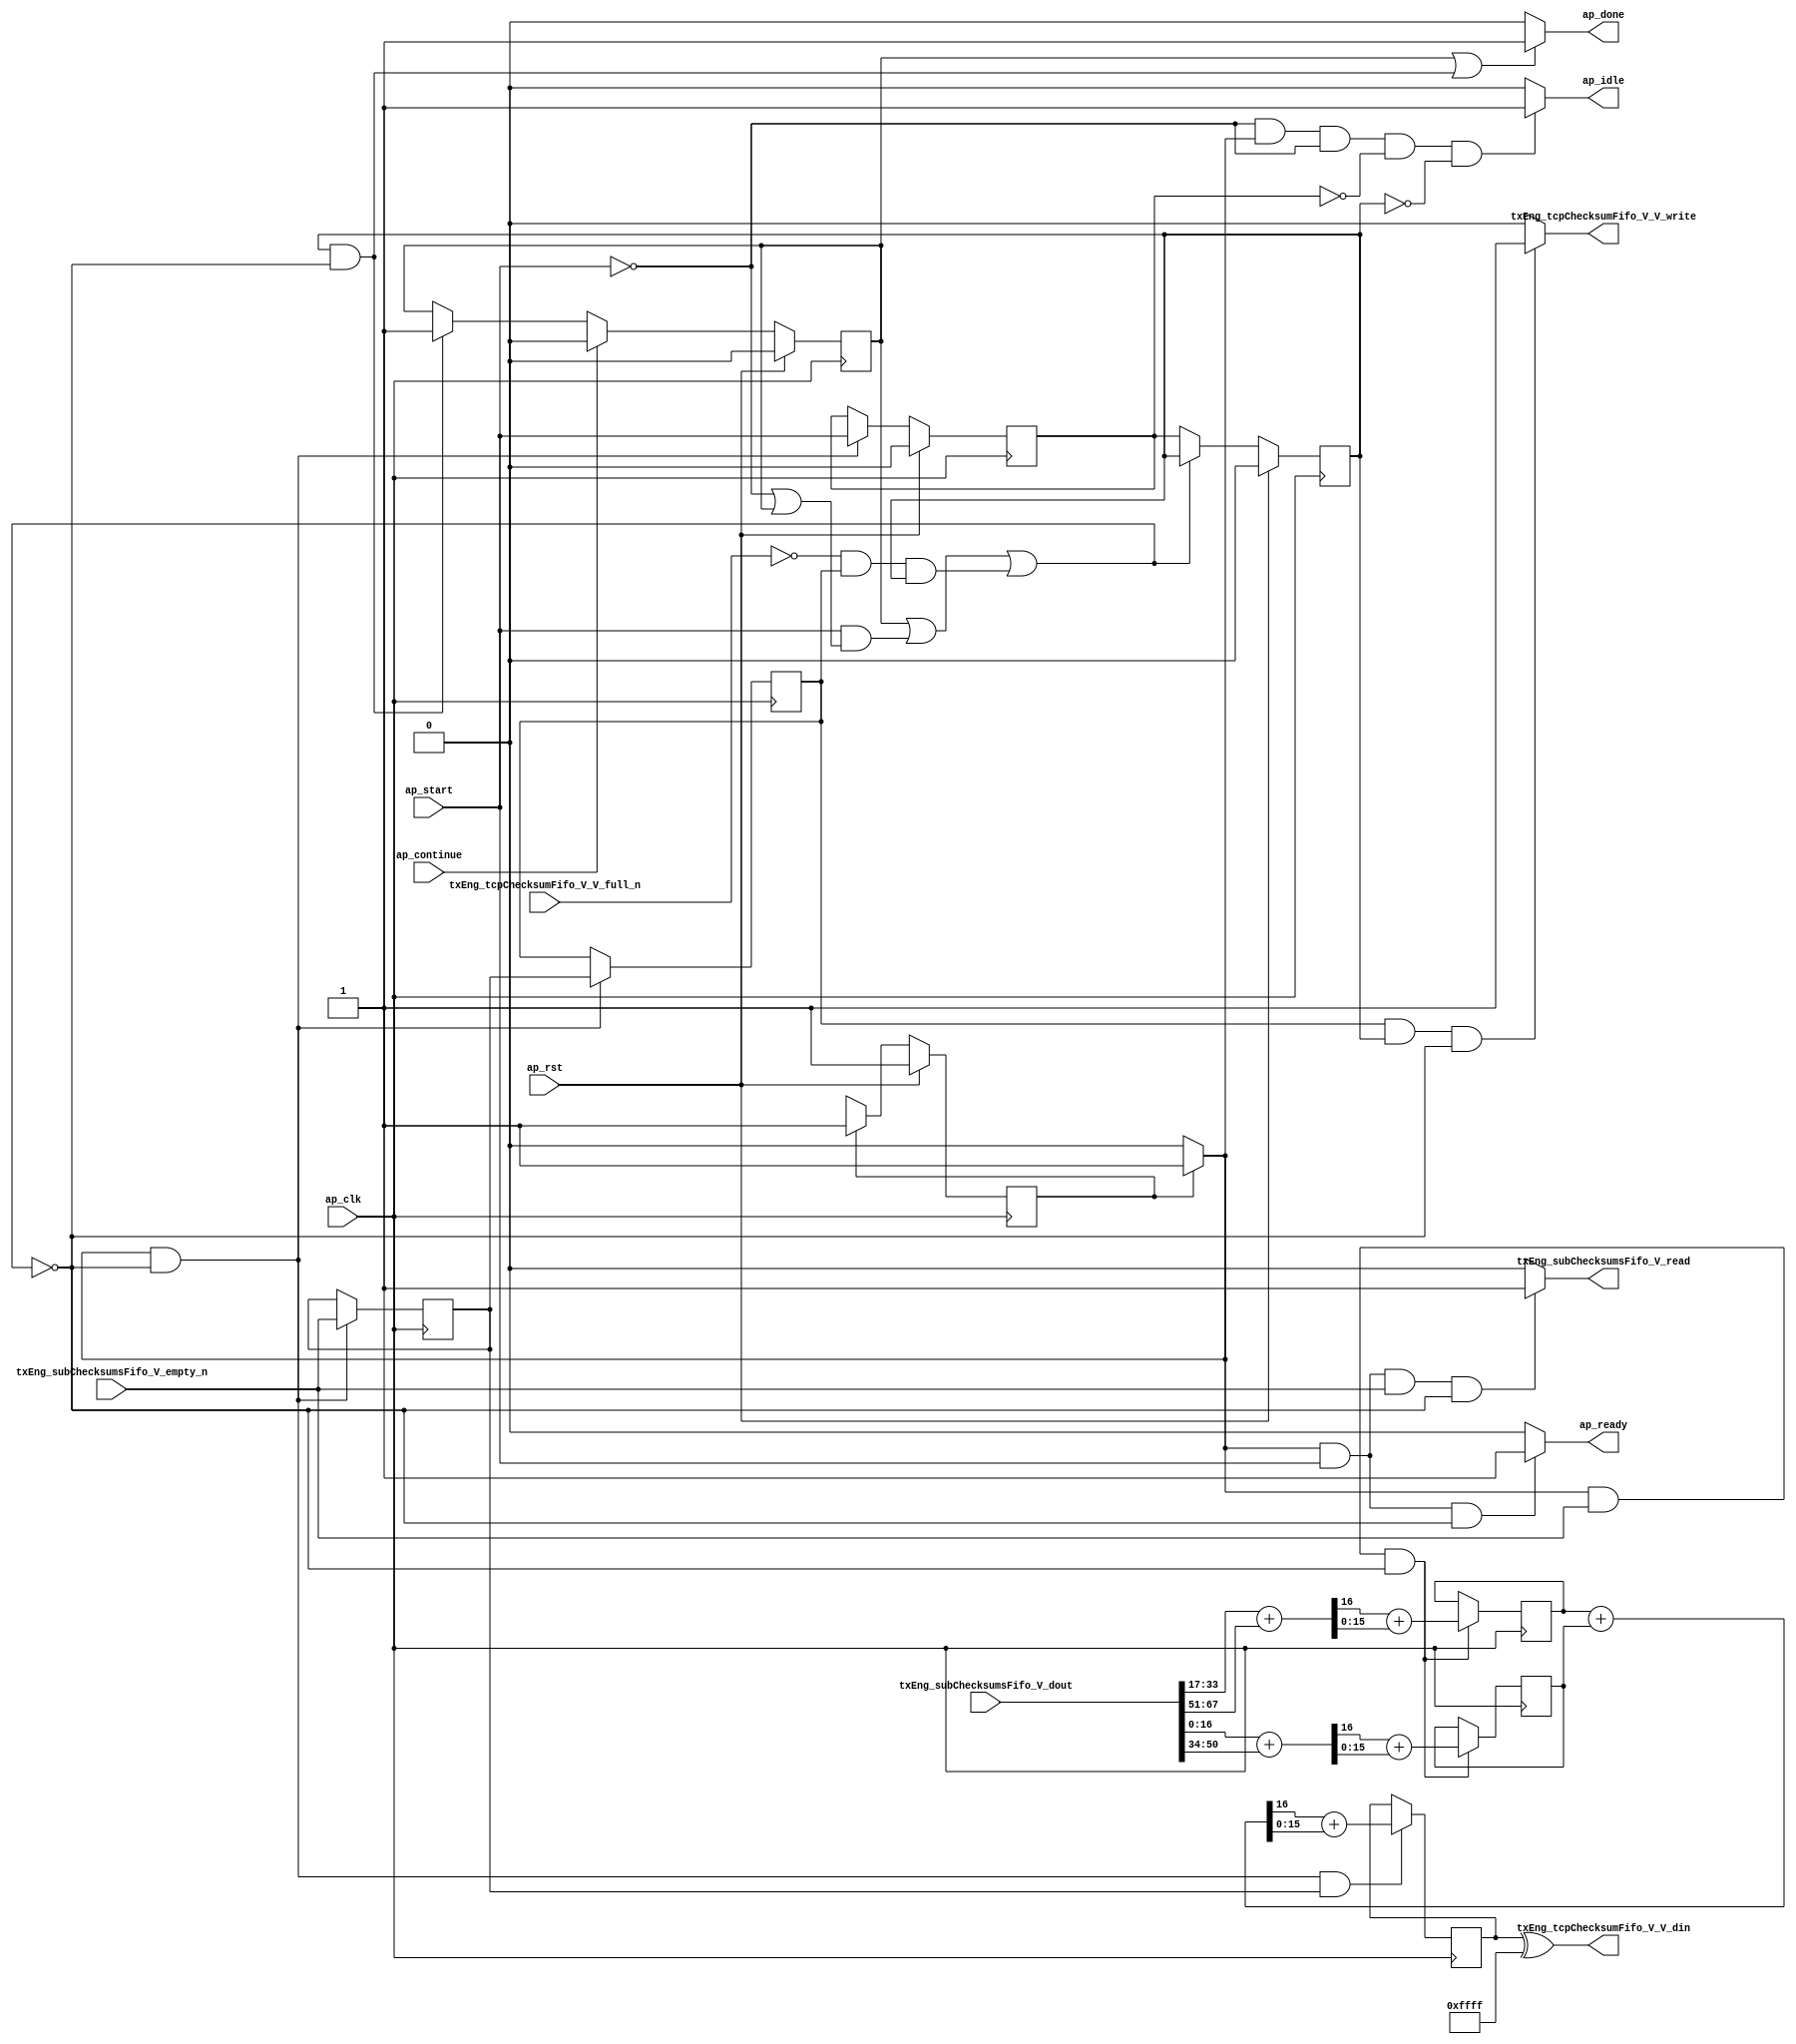
// ==============================================================
// RTL generated by Vivado(TM) HLS - High-Level Synthesis from C, C++ and SystemC
// Version: 2015.1
// Copyright (C) 2015 Xilinx Inc. All rights reserved.
// 
// ===========================================================

`timescale 1 ns / 1 ps 

module toe_tx_compute_tcp_checksum (
        ap_clk,
        ap_rst,
        ap_start,
        ap_done,
        ap_continue,
        ap_idle,
        ap_ready,
        txEng_subChecksumsFifo_V_dout,
        txEng_subChecksumsFifo_V_empty_n,
        txEng_subChecksumsFifo_V_read,
        txEng_tcpChecksumFifo_V_V_din,
        txEng_tcpChecksumFifo_V_V_full_n,
        txEng_tcpChecksumFifo_V_V_write
);

parameter    ap_const_logic_1 = 1'b1;
parameter    ap_const_logic_0 = 1'b0;
parameter    ap_ST_pp0_stg0_fsm_0 = 1'b1;
parameter    ap_const_lv32_0 = 32'b00000000000000000000000000000000;
parameter    ap_const_lv1_1 = 1'b1;
parameter    ap_const_lv1_0 = 1'b0;
parameter    ap_const_lv32_22 = 32'b100010;
parameter    ap_const_lv32_32 = 32'b110010;
parameter    ap_const_lv32_33 = 32'b110011;
parameter    ap_const_lv32_43 = 32'b1000011;
parameter    ap_const_lv32_11 = 32'b10001;
parameter    ap_const_lv32_21 = 32'b100001;
parameter    ap_const_lv32_10 = 32'b10000;
parameter    ap_const_lv16_FFFF = 16'b1111111111111111;
parameter    ap_true = 1'b1;

input   ap_clk;
input   ap_rst;
input   ap_start;
output   ap_done;
input   ap_continue;
output   ap_idle;
output   ap_ready;
input  [67:0] txEng_subChecksumsFifo_V_dout;
input   txEng_subChecksumsFifo_V_empty_n;
output   txEng_subChecksumsFifo_V_read;
output  [15:0] txEng_tcpChecksumFifo_V_V_din;
input   txEng_tcpChecksumFifo_V_V_full_n;
output   txEng_tcpChecksumFifo_V_V_write;

reg ap_done;
reg ap_idle;
reg ap_ready;
reg txEng_subChecksumsFifo_V_read;
reg txEng_tcpChecksumFifo_V_V_write;
reg    ap_done_reg = 1'b0;
(* fsm_encoding = "none" *) reg   [0:0] ap_CS_fsm = 1'b1;
reg    ap_sig_cseq_ST_pp0_stg0_fsm_0;
reg    ap_sig_bdd_20;
wire    ap_reg_ppiten_pp0_it0;
reg    ap_reg_ppiten_pp0_it1 = 1'b0;
reg    ap_reg_ppiten_pp0_it2 = 1'b0;
wire   [0:0] tmp46_nbreadreq_fu_60_p3;
reg    ap_sig_bdd_52;
reg   [0:0] tmp46_reg_212;
reg   [0:0] ap_reg_ppstg_tmp46_reg_212_pp0_it1;
reg    ap_sig_bdd_65;
wire   [15:0] tmp_303_fu_144_p2;
reg   [15:0] tmp_303_reg_216;
wire   [15:0] tmp_sum1_V_fu_166_p2;
reg   [15:0] tmp_sum1_V_reg_221;
wire   [15:0] tmp_311_fu_200_p2;
reg   [15:0] tmp_311_reg_226;
wire   [16:0] tmp_fu_92_p1;
wire   [16:0] tmp_sum2_V_load_new1_fu_82_p4;
wire   [16:0] tmp_sum1_V_load_new_fu_112_p4;
wire   [16:0] tmp_sum3_V_load_new_fu_102_p4;
wire   [16:0] tmp_s_fu_96_p2;
wire   [0:0] tmp_300_fu_128_p3;
wire   [15:0] tmp_302_fu_140_p1;
wire   [15:0] tmp_301_fu_136_p1;
wire   [16:0] tmp_76_fu_122_p2;
wire   [0:0] tmp_304_fu_150_p3;
wire   [15:0] tmp_306_fu_162_p1;
wire   [15:0] tmp_305_fu_158_p1;
wire   [16:0] tmp_sum1_V_cast_fu_175_p1;
wire   [16:0] p_12_cast_fu_172_p1;
wire   [16:0] tmp_77_fu_178_p2;
wire   [0:0] tmp_308_fu_184_p3;
wire   [15:0] tmp_310_fu_196_p1;
wire   [15:0] tmp_309_fu_192_p1;
reg   [0:0] ap_NS_fsm;
reg    ap_sig_pprstidle_pp0;




/// the current state (ap_CS_fsm) of the state machine. ///
always @ (posedge ap_clk)
begin : ap_ret_ap_CS_fsm
    if (ap_rst == 1'b1) begin
        ap_CS_fsm <= ap_ST_pp0_stg0_fsm_0;
    end else begin
        ap_CS_fsm <= ap_NS_fsm;
    end
end

/// ap_done_reg assign process. ///
always @ (posedge ap_clk)
begin : ap_ret_ap_done_reg
    if (ap_rst == 1'b1) begin
        ap_done_reg <= ap_const_logic_0;
    end else begin
        if ((ap_const_logic_1 == ap_continue)) begin
            ap_done_reg <= ap_const_logic_0;
        end else if (((ap_const_logic_1 == ap_reg_ppiten_pp0_it2) & ~((ap_done_reg == ap_const_logic_1) | ((ap_const_logic_1 == ap_reg_ppiten_pp0_it0) & ap_sig_bdd_52) | (ap_sig_bdd_65 & (ap_const_logic_1 == ap_reg_ppiten_pp0_it2))))) begin
            ap_done_reg <= ap_const_logic_1;
        end
    end
end

/// ap_reg_ppiten_pp0_it1 assign process. ///
always @ (posedge ap_clk)
begin : ap_ret_ap_reg_ppiten_pp0_it1
    if (ap_rst == 1'b1) begin
        ap_reg_ppiten_pp0_it1 <= ap_const_logic_0;
    end else begin
        if (((ap_const_logic_1 == ap_sig_cseq_ST_pp0_stg0_fsm_0) & ~((ap_done_reg == ap_const_logic_1) | ((ap_const_logic_1 == ap_reg_ppiten_pp0_it0) & ap_sig_bdd_52) | (ap_sig_bdd_65 & (ap_const_logic_1 == ap_reg_ppiten_pp0_it2))))) begin
            ap_reg_ppiten_pp0_it1 <= ap_reg_ppiten_pp0_it0;
        end
    end
end

/// ap_reg_ppiten_pp0_it2 assign process. ///
always @ (posedge ap_clk)
begin : ap_ret_ap_reg_ppiten_pp0_it2
    if (ap_rst == 1'b1) begin
        ap_reg_ppiten_pp0_it2 <= ap_const_logic_0;
    end else begin
        if (~((ap_done_reg == ap_const_logic_1) | ((ap_const_logic_1 == ap_reg_ppiten_pp0_it0) & ap_sig_bdd_52) | (ap_sig_bdd_65 & (ap_const_logic_1 == ap_reg_ppiten_pp0_it2)))) begin
            ap_reg_ppiten_pp0_it2 <= ap_reg_ppiten_pp0_it1;
        end
    end
end

/// assign process. ///
always @(posedge ap_clk)
begin
    if (((ap_const_logic_1 == ap_sig_cseq_ST_pp0_stg0_fsm_0) & ~((ap_done_reg == ap_const_logic_1) | ((ap_const_logic_1 == ap_reg_ppiten_pp0_it0) & ap_sig_bdd_52) | (ap_sig_bdd_65 & (ap_const_logic_1 == ap_reg_ppiten_pp0_it2))))) begin
        ap_reg_ppstg_tmp46_reg_212_pp0_it1 <= tmp46_reg_212;
        tmp46_reg_212 <= tmp46_nbreadreq_fu_60_p3;
    end
end

/// assign process. ///
always @(posedge ap_clk)
begin
    if (((ap_const_logic_1 == ap_sig_cseq_ST_pp0_stg0_fsm_0) & ~(tmp46_nbreadreq_fu_60_p3 == ap_const_lv1_0) & ~((ap_done_reg == ap_const_logic_1) | ((ap_const_logic_1 == ap_reg_ppiten_pp0_it0) & ap_sig_bdd_52) | (ap_sig_bdd_65 & (ap_const_logic_1 == ap_reg_ppiten_pp0_it2))))) begin
        tmp_303_reg_216 <= tmp_303_fu_144_p2;
        tmp_sum1_V_reg_221 <= tmp_sum1_V_fu_166_p2;
    end
end

/// assign process. ///
always @(posedge ap_clk)
begin
    if (((ap_const_logic_1 == ap_sig_cseq_ST_pp0_stg0_fsm_0) & ~((ap_done_reg == ap_const_logic_1) | ((ap_const_logic_1 == ap_reg_ppiten_pp0_it0) & ap_sig_bdd_52) | (ap_sig_bdd_65 & (ap_const_logic_1 == ap_reg_ppiten_pp0_it2))) & ~(ap_const_lv1_0 == tmp46_reg_212))) begin
        tmp_311_reg_226 <= tmp_311_fu_200_p2;
    end
end

/// ap_done assign process. ///
always @ (ap_done_reg or ap_reg_ppiten_pp0_it0 or ap_reg_ppiten_pp0_it2 or ap_sig_bdd_52 or ap_sig_bdd_65)
begin
    if (((ap_const_logic_1 == ap_done_reg) | ((ap_const_logic_1 == ap_reg_ppiten_pp0_it2) & ~((ap_done_reg == ap_const_logic_1) | ((ap_const_logic_1 == ap_reg_ppiten_pp0_it0) & ap_sig_bdd_52) | (ap_sig_bdd_65 & (ap_const_logic_1 == ap_reg_ppiten_pp0_it2)))))) begin
        ap_done = ap_const_logic_1;
    end else begin
        ap_done = ap_const_logic_0;
    end
end

/// ap_idle assign process. ///
always @ (ap_start or ap_sig_cseq_ST_pp0_stg0_fsm_0 or ap_reg_ppiten_pp0_it0 or ap_reg_ppiten_pp0_it1 or ap_reg_ppiten_pp0_it2)
begin
    if ((~(ap_const_logic_1 == ap_start) & (ap_const_logic_1 == ap_sig_cseq_ST_pp0_stg0_fsm_0) & (ap_const_logic_0 == ap_reg_ppiten_pp0_it0) & (ap_const_logic_0 == ap_reg_ppiten_pp0_it1) & (ap_const_logic_0 == ap_reg_ppiten_pp0_it2))) begin
        ap_idle = ap_const_logic_1;
    end else begin
        ap_idle = ap_const_logic_0;
    end
end

/// ap_ready assign process. ///
always @ (ap_done_reg or ap_sig_cseq_ST_pp0_stg0_fsm_0 or ap_reg_ppiten_pp0_it0 or ap_reg_ppiten_pp0_it2 or ap_sig_bdd_52 or ap_sig_bdd_65)
begin
    if (((ap_const_logic_1 == ap_sig_cseq_ST_pp0_stg0_fsm_0) & (ap_const_logic_1 == ap_reg_ppiten_pp0_it0) & ~((ap_done_reg == ap_const_logic_1) | ((ap_const_logic_1 == ap_reg_ppiten_pp0_it0) & ap_sig_bdd_52) | (ap_sig_bdd_65 & (ap_const_logic_1 == ap_reg_ppiten_pp0_it2))))) begin
        ap_ready = ap_const_logic_1;
    end else begin
        ap_ready = ap_const_logic_0;
    end
end

/// ap_sig_cseq_ST_pp0_stg0_fsm_0 assign process. ///
always @ (ap_sig_bdd_20)
begin
    if (ap_sig_bdd_20) begin
        ap_sig_cseq_ST_pp0_stg0_fsm_0 = ap_const_logic_1;
    end else begin
        ap_sig_cseq_ST_pp0_stg0_fsm_0 = ap_const_logic_0;
    end
end

/// ap_sig_pprstidle_pp0 assign process. ///
always @ (ap_start or ap_reg_ppiten_pp0_it0 or ap_reg_ppiten_pp0_it1)
begin
    if (((ap_const_logic_0 == ap_reg_ppiten_pp0_it0) & (ap_const_logic_0 == ap_reg_ppiten_pp0_it1) & (ap_const_logic_0 == ap_start))) begin
        ap_sig_pprstidle_pp0 = ap_const_logic_1;
    end else begin
        ap_sig_pprstidle_pp0 = ap_const_logic_0;
    end
end

/// txEng_subChecksumsFifo_V_read assign process. ///
always @ (ap_done_reg or ap_sig_cseq_ST_pp0_stg0_fsm_0 or ap_reg_ppiten_pp0_it0 or ap_reg_ppiten_pp0_it2 or tmp46_nbreadreq_fu_60_p3 or ap_sig_bdd_52 or ap_sig_bdd_65)
begin
    if (((ap_const_logic_1 == ap_sig_cseq_ST_pp0_stg0_fsm_0) & (ap_const_logic_1 == ap_reg_ppiten_pp0_it0) & ~(tmp46_nbreadreq_fu_60_p3 == ap_const_lv1_0) & ~((ap_done_reg == ap_const_logic_1) | ((ap_const_logic_1 == ap_reg_ppiten_pp0_it0) & ap_sig_bdd_52) | (ap_sig_bdd_65 & (ap_const_logic_1 == ap_reg_ppiten_pp0_it2))))) begin
        txEng_subChecksumsFifo_V_read = ap_const_logic_1;
    end else begin
        txEng_subChecksumsFifo_V_read = ap_const_logic_0;
    end
end

/// txEng_tcpChecksumFifo_V_V_write assign process. ///
always @ (ap_done_reg or ap_reg_ppiten_pp0_it0 or ap_reg_ppiten_pp0_it2 or ap_sig_bdd_52 or ap_reg_ppstg_tmp46_reg_212_pp0_it1 or ap_sig_bdd_65)
begin
    if ((~(ap_const_lv1_0 == ap_reg_ppstg_tmp46_reg_212_pp0_it1) & (ap_const_logic_1 == ap_reg_ppiten_pp0_it2) & ~((ap_done_reg == ap_const_logic_1) | ((ap_const_logic_1 == ap_reg_ppiten_pp0_it0) & ap_sig_bdd_52) | (ap_sig_bdd_65 & (ap_const_logic_1 == ap_reg_ppiten_pp0_it2))))) begin
        txEng_tcpChecksumFifo_V_V_write = ap_const_logic_1;
    end else begin
        txEng_tcpChecksumFifo_V_V_write = ap_const_logic_0;
    end
end
/// the next state (ap_NS_fsm) of the state machine. ///
always @ (ap_done_reg or ap_CS_fsm or ap_reg_ppiten_pp0_it0 or ap_reg_ppiten_pp0_it2 or ap_sig_bdd_52 or ap_sig_bdd_65 or ap_sig_pprstidle_pp0)
begin
    case (ap_CS_fsm)
        ap_ST_pp0_stg0_fsm_0 : 
        begin
            ap_NS_fsm = ap_ST_pp0_stg0_fsm_0;
        end
        default : 
        begin
            ap_NS_fsm = 'bx;
        end
    endcase
end

assign ap_reg_ppiten_pp0_it0 = ap_start;

/// ap_sig_bdd_20 assign process. ///
always @ (ap_CS_fsm)
begin
    ap_sig_bdd_20 = (ap_CS_fsm[ap_const_lv32_0] == ap_const_lv1_1);
end

/// ap_sig_bdd_52 assign process. ///
always @ (ap_start or ap_done_reg or txEng_subChecksumsFifo_V_empty_n or tmp46_nbreadreq_fu_60_p3)
begin
    ap_sig_bdd_52 = (((txEng_subChecksumsFifo_V_empty_n == ap_const_logic_0) & ~(tmp46_nbreadreq_fu_60_p3 == ap_const_lv1_0)) | (ap_start == ap_const_logic_0) | (ap_done_reg == ap_const_logic_1));
end

/// ap_sig_bdd_65 assign process. ///
always @ (txEng_tcpChecksumFifo_V_V_full_n or ap_reg_ppstg_tmp46_reg_212_pp0_it1)
begin
    ap_sig_bdd_65 = ((txEng_tcpChecksumFifo_V_V_full_n == ap_const_logic_0) & ~(ap_const_lv1_0 == ap_reg_ppstg_tmp46_reg_212_pp0_it1));
end
assign p_12_cast_fu_172_p1 = tmp_303_reg_216;
assign tmp46_nbreadreq_fu_60_p3 = txEng_subChecksumsFifo_V_empty_n;
assign tmp_300_fu_128_p3 = tmp_s_fu_96_p2[ap_const_lv32_10];
assign tmp_301_fu_136_p1 = tmp_s_fu_96_p2[15:0];
assign tmp_302_fu_140_p1 = tmp_300_fu_128_p3;
assign tmp_303_fu_144_p2 = (tmp_302_fu_140_p1 + tmp_301_fu_136_p1);
assign tmp_304_fu_150_p3 = tmp_76_fu_122_p2[ap_const_lv32_10];
assign tmp_305_fu_158_p1 = tmp_76_fu_122_p2[15:0];
assign tmp_306_fu_162_p1 = tmp_304_fu_150_p3;
assign tmp_308_fu_184_p3 = tmp_77_fu_178_p2[ap_const_lv32_10];
assign tmp_309_fu_192_p1 = tmp_77_fu_178_p2[15:0];
assign tmp_310_fu_196_p1 = tmp_308_fu_184_p3;
assign tmp_311_fu_200_p2 = (tmp_310_fu_196_p1 + tmp_309_fu_192_p1);
assign tmp_76_fu_122_p2 = (tmp_sum1_V_load_new_fu_112_p4 + tmp_sum3_V_load_new_fu_102_p4);
assign tmp_77_fu_178_p2 = (tmp_sum1_V_cast_fu_175_p1 + p_12_cast_fu_172_p1);
assign tmp_fu_92_p1 = txEng_subChecksumsFifo_V_dout[16:0];
assign tmp_s_fu_96_p2 = (tmp_fu_92_p1 + tmp_sum2_V_load_new1_fu_82_p4);
assign tmp_sum1_V_cast_fu_175_p1 = tmp_sum1_V_reg_221;
assign tmp_sum1_V_fu_166_p2 = (tmp_306_fu_162_p1 + tmp_305_fu_158_p1);
assign tmp_sum1_V_load_new_fu_112_p4 = {{txEng_subChecksumsFifo_V_dout[ap_const_lv32_21 : ap_const_lv32_11]}};
assign tmp_sum2_V_load_new1_fu_82_p4 = {{txEng_subChecksumsFifo_V_dout[ap_const_lv32_32 : ap_const_lv32_22]}};
assign tmp_sum3_V_load_new_fu_102_p4 = {{txEng_subChecksumsFifo_V_dout[ap_const_lv32_43 : ap_const_lv32_33]}};
assign txEng_tcpChecksumFifo_V_V_din = (tmp_311_reg_226 ^ ap_const_lv16_FFFF);


endmodule //toe_tx_compute_tcp_checksum